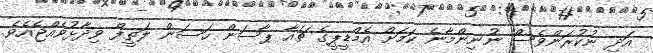
އަދި ނުކުރަންވެސް ނުނިންމާނެ ކަމަށް އެމްޑީޕީގެ ޗެއާ ޕާސަން ހަސަން ލަތީފް ވިދާޅުވެއްޖެއެވެ.